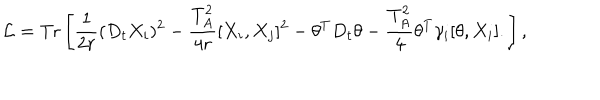
{ \cal L } = \mathrm { T r } \left[ \frac { 1 } { 2 r } ( D _ { t } X _ { i } ) ^ { 2 } - \frac { T _ { A } ^ { 2 } } { 4 r } [ X _ { i } , X _ { j } ] ^ { 2 } - \theta ^ { T } D _ { t } \theta - \frac { T _ { A } ^ { 2 } } { 4 } \theta ^ { T } \gamma _ { i } [ \theta , X _ { i } ] . \right] ,